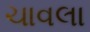
ચાવલા